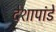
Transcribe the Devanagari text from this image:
देशापांडे